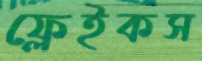
ফ্লেইকস